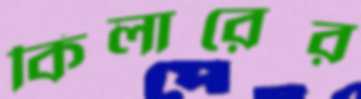
কিলারের